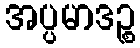
အပ္ပမာဒဉ္စ